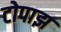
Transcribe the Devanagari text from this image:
टोपाझ